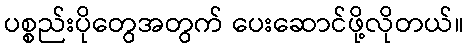
ပစ္စည်းပိုတွေအတွက် ပေးဆောင်ဖို့လိုတယ်။